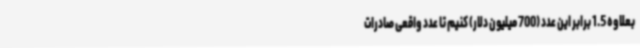
بعلاوه 1.5 برابر این عدد (700 میلیون دلار) کنیم تا عدد واقعی صادرات